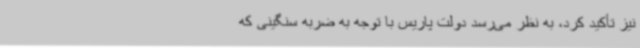
نیز تأکید کرد، به نظر می‌رسد دولت پاریس با توجه به ضربه سنگینی که